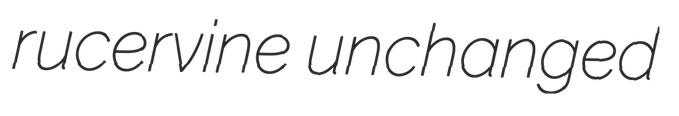
rucervine unchanged